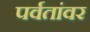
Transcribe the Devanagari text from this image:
पर्वतांवर